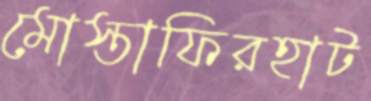
মোস্তাফিরহাট